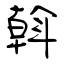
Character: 斡